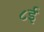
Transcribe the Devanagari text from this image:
८ई